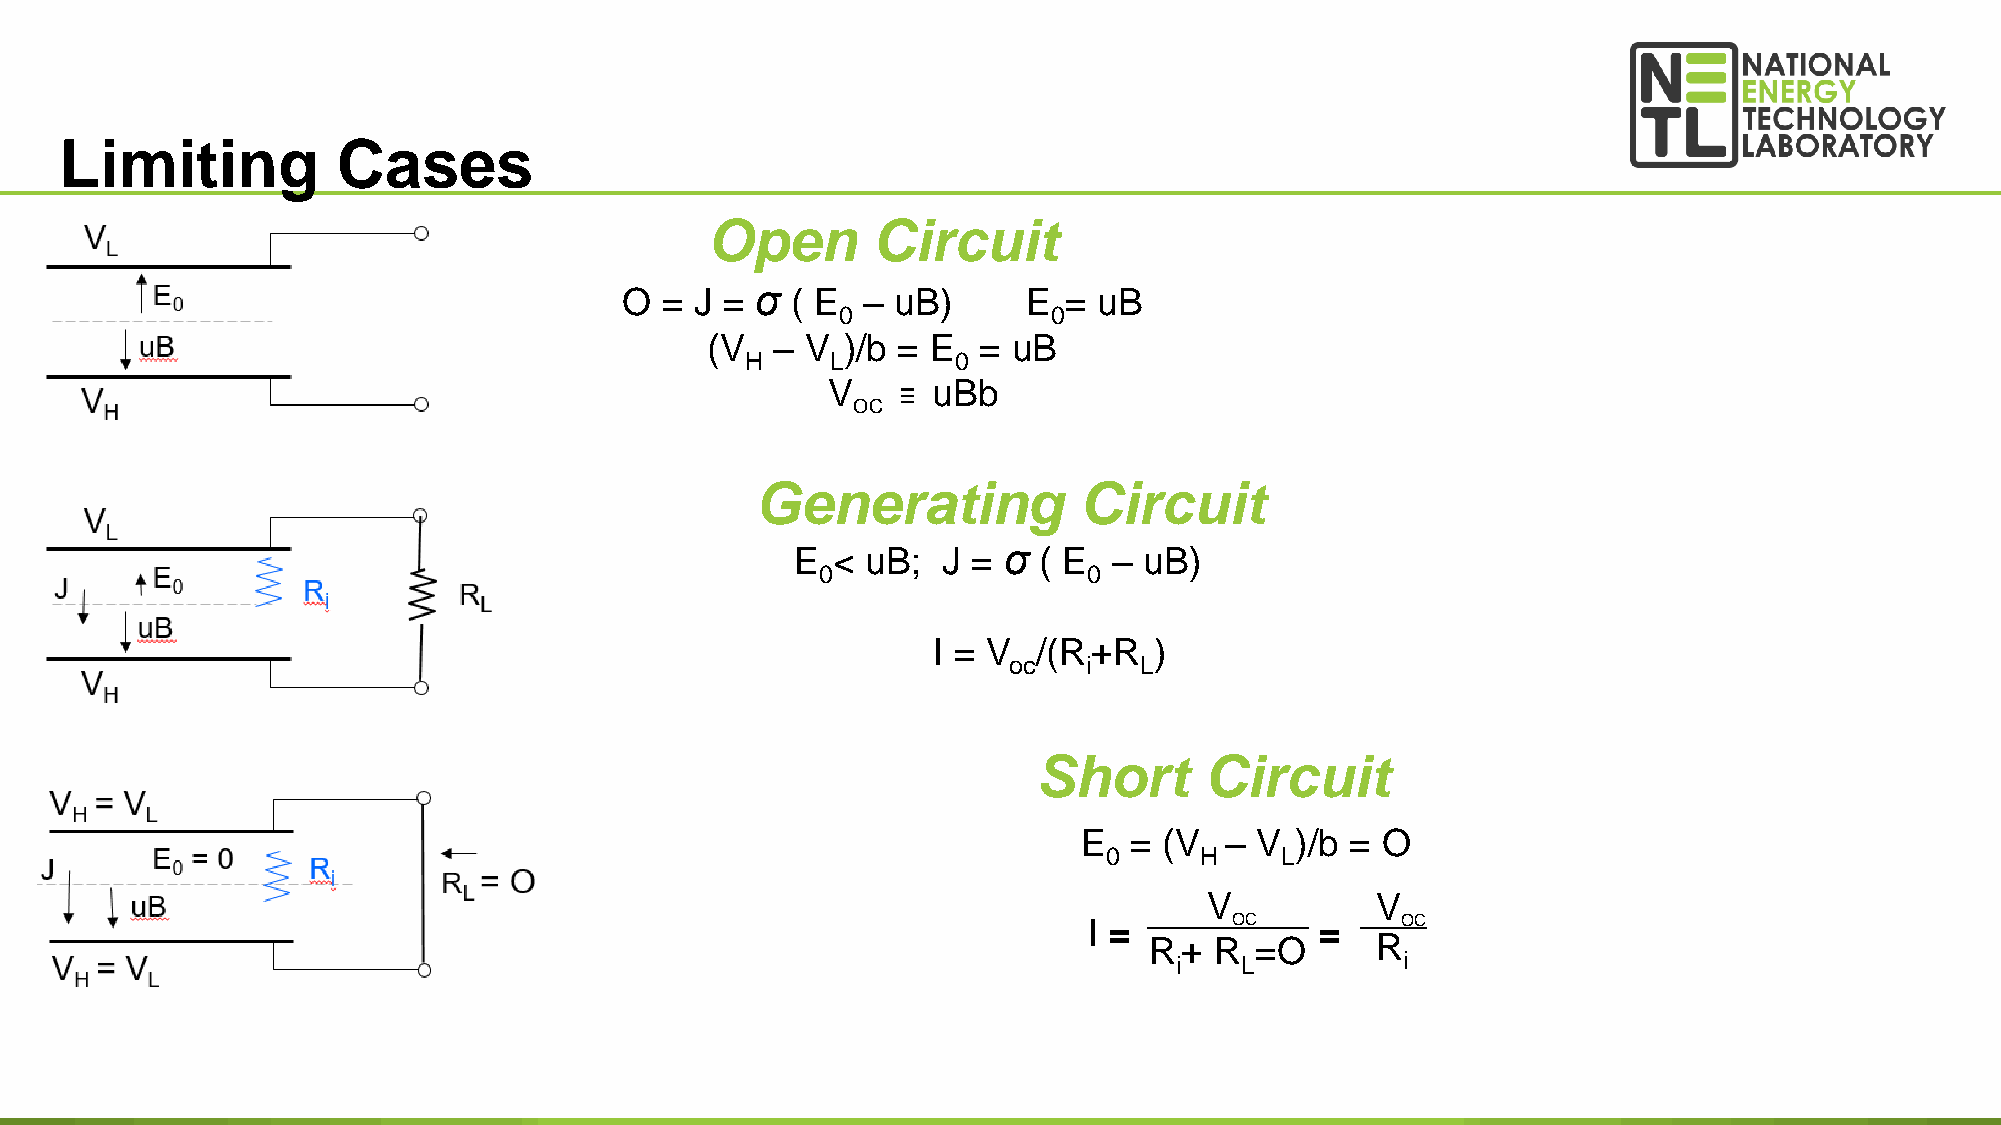
Limiting          Cases
 Open       Circuit
 O  = J = σ ( E  – uB)      E =  uB
 0             0
 (V  – V  )/b = E  = uB
 H     L       0
 V      uBb
 ≡
 OC
 Generating           Circuit
 E < uB;  J = σ  ( E  – uB)
 0                 0
 I = V  /(R+R  )
 oc   i  L
 Short      Circuit
 E  = (V  – V  )/b = O
 0     H     L
 V          V
 I =       O C  =     O C
 R+  R  =O      R
 i   L          i
 14